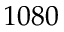
1 0 8 0